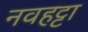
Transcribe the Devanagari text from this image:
नवहट्टा